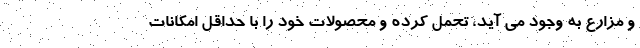
و مزارع به وجود می آید، تحمل کرده و محصولات خود را با حداقل امکانات